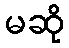
မဆို